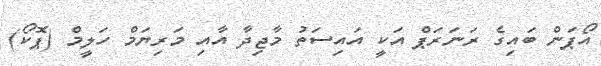
އޯޕަން ބައިގެ ރަނަރަޕް އަކީ އައިސަތު މާޖިދާ އާއި މަރިޔަމް ހަލީމް (ޕޮކޯ)